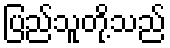
ပြည်သူတို့သည်